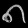
Digit: ၈